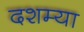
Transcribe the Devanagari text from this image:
दशम्या